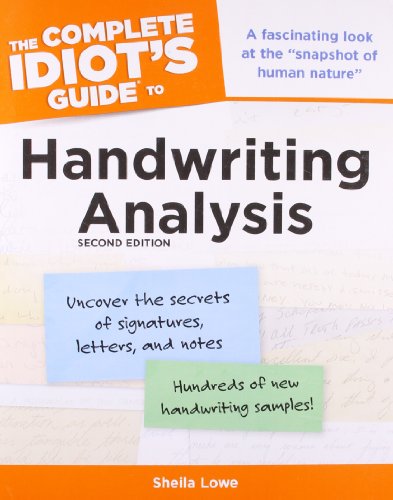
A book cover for The Complete Idiot's Guide to Handwriting Analysis, 2nd Edition (Idiot's Guides); Sheila Lowe; Self-Help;